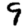
Digit: 9